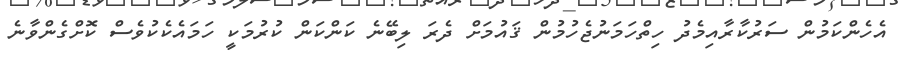
އެހެންކަމުން ސަރުކާރާއިމެދު ހިތްހަމަނުޖެހުމުން ޤައުމަށް ދެރަ ލިބޭނެ ކަންކަން ކުރުމަކީ ހަމައެކެކުވެސް ކޮށްގެންވާނެ